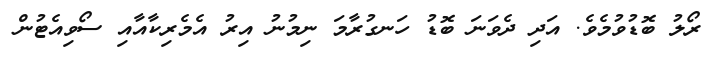
ރޯލު ބޮޑުވުމެވެ. އަދި ދެވަނަ ބޮޑު ހަނގުރާމަ ނިމުނު އިރު އެމެރިކާއާއި ސޯވިއެޓުން